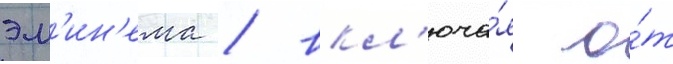
эм'ин'ема / вкл'юча́я о́т